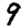
Digit: 9